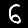
Digit: 6